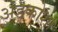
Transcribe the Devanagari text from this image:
अंडकोशा